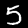
Digit: 5